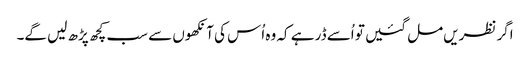
اگر نظریں مل گئیں تو اُسے ڈر ہے کہ وہ اُس کی آنکھوں سے سب کچھ پڑھ لیں گے۔